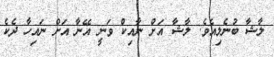
ލާޝާ ބުނެލިއެވެ. ލާޝާ އަށް ނާއިކް ވަނީ އޭނާ އަށް ނައިހާ ދެކެ